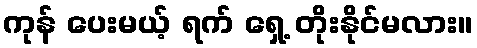
ကုန် ပေးမယ့် ရက် ရှေ့ တိုးနိုင်မလား။